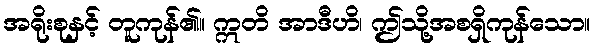
အရိုးစုနှင့် တူကုန်၏။ ဣတိ အာဒီဟိ၊ ဤသို့အစရှိကုန်သော။